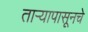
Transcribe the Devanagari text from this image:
ताऱ्यापासूनचे